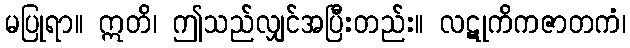
မပြုရာ။ ဣတိ၊ ဤသည်လျှင်အပြီးတည်း။ လဋုကိကဇာတကံ၊